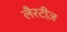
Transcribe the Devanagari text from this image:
लैरटीज़